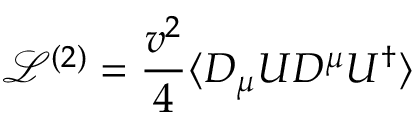
{ \mathcal { L } } ^ { ( 2 ) } = \frac { v ^ { 2 } } { 4 } \langle D _ { \mu } U D ^ { \mu } U ^ { \dagger } \rangle